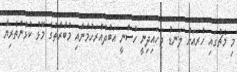
މި މެޗުގައި ހުރައަށް ލަނޑު ޖަހައިދިނީ ހުސްނީ އަބުދުއްރަހުމާނާއި މުބާރާތުގެ މޮޅު ކުޅުންތެރިޔާ